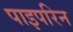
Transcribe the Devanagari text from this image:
पाइपरिन